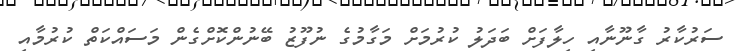
ސަރުކާރު ގާނޫނާއި ހިލާފަށް ބަދަލު ކުރުމަށް މަގާމުގެ ނުފޫޒު ބޭނުންކޮށްގެން މަސައްކަތް ކުރުމާއި